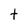
Character: t